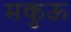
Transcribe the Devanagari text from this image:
मकुऊ